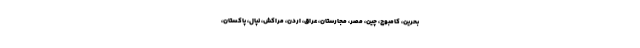
بحرین، کامبوج، چین، مصر، مجارستان، عراق، اردن، مراکش، نپال، پاکستان،